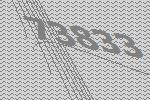
73833